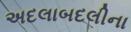
અદલાબદલીના